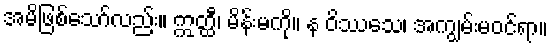
အမိဖြစ်သော်လည်း။ ဣတ္ထီ၊ မိန်းမကို။ န ဝိဿသေ၊ အကျွမ်းမဝင်ရာ။